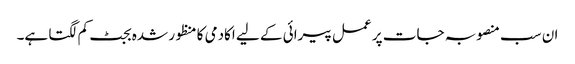
ان سب منصوبہ جات پر عمل پیرائی کے لیے اکادمی کا منظور شدہ بجٹ کم لگتا ہے۔